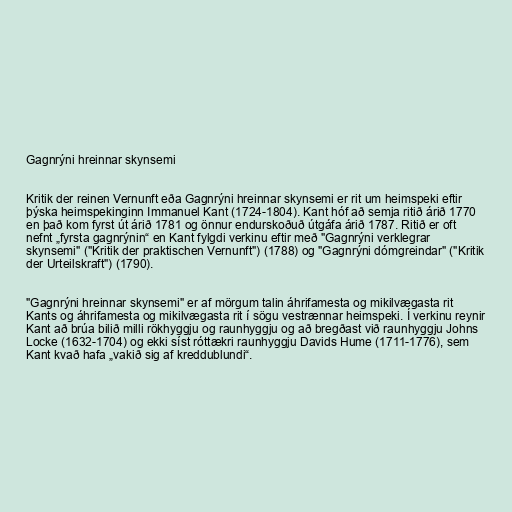
Gagnrýni hreinnar skynsemi

Kritik der reinen Vernunft eða Gagnrýni hreinnar skynsemi er rit um heimspeki eftir
þýska heimspekinginn Immanuel Kant (1724-1804). Kant hóf að semja ritið árið 1770
en það kom fyrst út árið 1781 og önnur endurskoðuð útgáfa árið 1787. Ritið er oft
nefnt „fyrsta gagnrýnin“ en Kant fylgdi verkinu eftir með "Gagnrýni verklegrar
skynsemi" ("Kritik der praktischen Vernunft") (1788) og "Gagnrýni dómgreindar" ("Kritik
der Urteilskraft") (1790).

"Gagnrýni hreinnar skynsemi" er af mörgum talin áhrifamesta og mikilvægasta rit
Kants og áhrifamesta og mikilvægasta rit í sögu vestrænnar heimspeki. Í verkinu reynir
Kant að brúa bilið milli rökhyggju og raunhyggju og að bregðast við raunhyggju Johns
Locke (1632-1704) og ekki síst róttækri raunhyggju Davids Hume (1711-1776), sem
Kant kvað hafa „vakið sig af kreddublundi“.